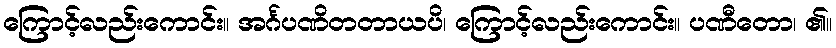
ကြောင့်လည်းကောင်း။ အင်္ဂပဏိတတာယပိ၊ ကြောင့်လည်းကောင်း။ ပဏီတော၊ ၏။